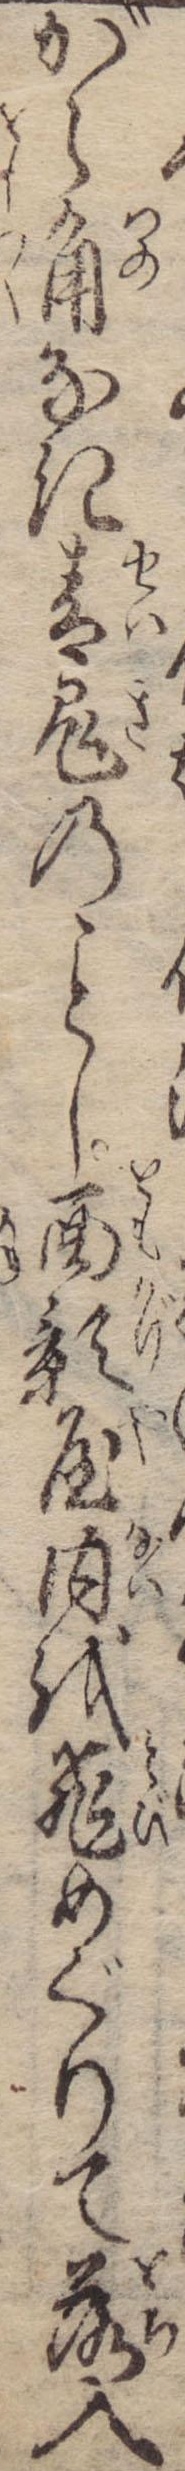
がら角なき青鬼のし面影屋内を飛めぐりて落入